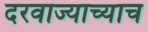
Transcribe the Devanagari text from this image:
दरवाज्याच्याच